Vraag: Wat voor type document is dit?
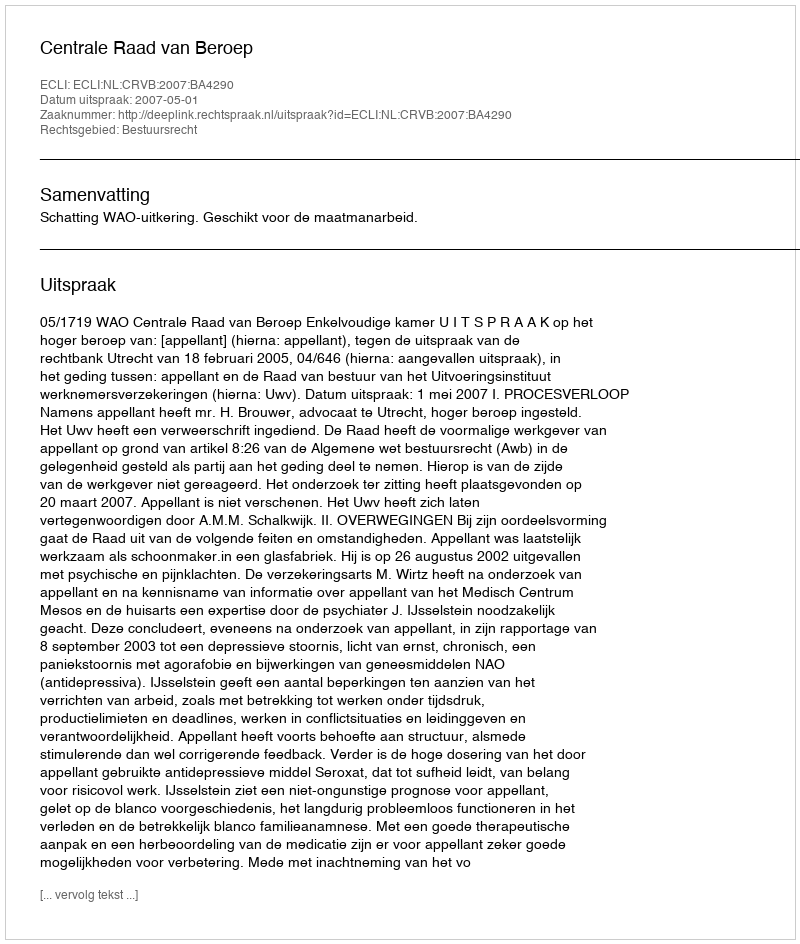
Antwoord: Uitspraak